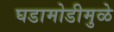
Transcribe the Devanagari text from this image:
घडामोडीमुळे